画像に写った文字を読んでください
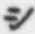
「シ」と書いてあります